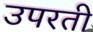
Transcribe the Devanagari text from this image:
उपरती